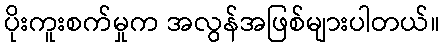
ပိုးကူးစက်မှုက အလွန်အဖြစ်များပါတယ်။